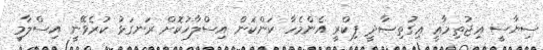
ސިޔާސީ ޢިޖުތިމާޢީ ޢިގުތިޞާދީ ފިކްރީ އެންމެހާ ކަންކަން އިސްލާހުކޮށް ރަނގަޅު ކުރެވޭނީ އިސްލާމީ